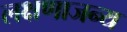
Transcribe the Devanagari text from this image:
लक्षणाजन्य